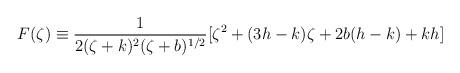
LaTeX: \begin{align*}F(\zeta)\equiv\frac{1}{2(\zeta +k)^{2}(\zeta +b)^{1/2}}[\zeta^{2}+(3h-k)\zeta +2b(h-k)+kh] \end{align*}